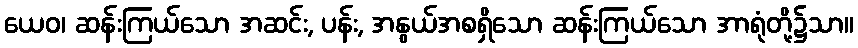
ယေဝ၊ ဆန်းကြယ်သော အဆင်း, ပန်း, အနွယ်အစရှိသော ဆန်းကြယ်သော အာရုံတို့၌သာ။